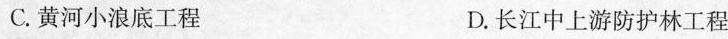
C.黄河小浪底工程 D.长江中上游防护林工程